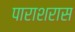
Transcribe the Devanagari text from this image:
पाराशरास